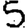
Digit: 5